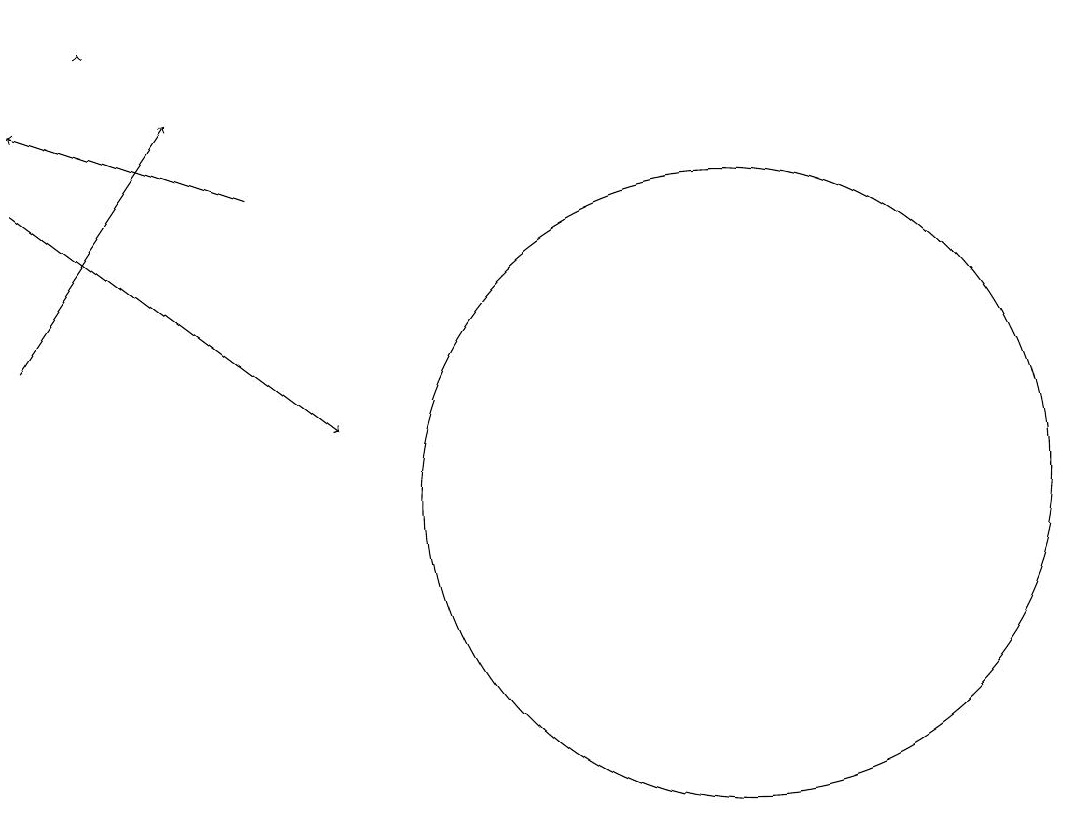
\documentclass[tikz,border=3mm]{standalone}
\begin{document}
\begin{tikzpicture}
\draw[->] (3,12) -- (5,15);
\draw[->] (6,14) -- (3,15);
\draw (12,10) circle (4);
\draw[->] (3,14) -- (7,11);
\draw[->] (4,16) -- (4,16);
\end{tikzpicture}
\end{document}